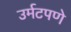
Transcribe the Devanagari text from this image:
उर्मटपणे